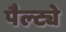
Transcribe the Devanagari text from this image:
पैल्ट्ये